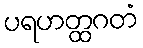
ပရဟတ္ထဂတံ